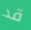
قد